Annual returns of the Patna Lunatic Asylum at Bankipore in Bihar and Orissa - 1912-1924
Year: 1912
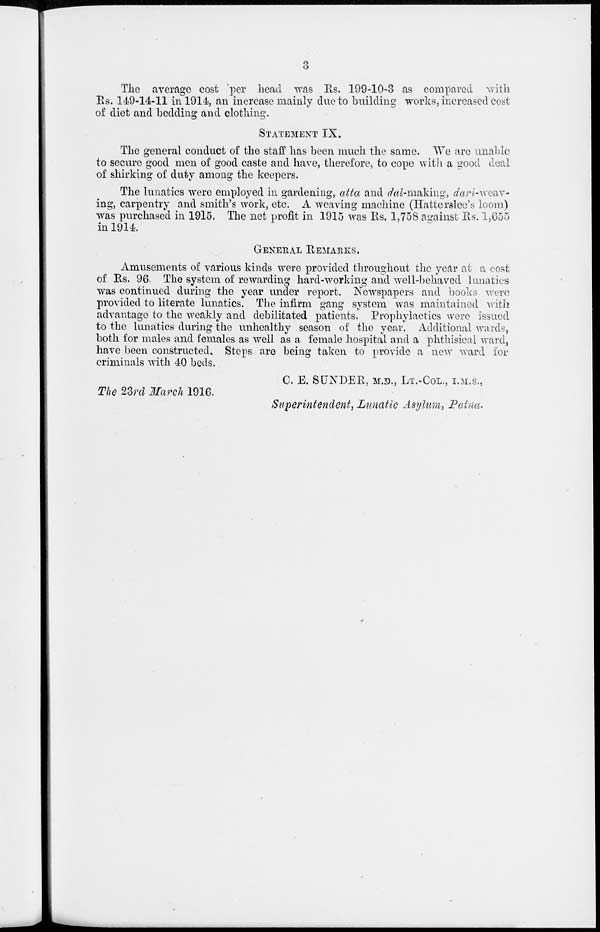
3
The average cost per head was Rs. 199-10-3 as compared with
Rs. 149-14-11 in 1914, an increase mainly due to building works, increased cost
of diet and bedding and clothing.
STATEMENT IX.
The general conduct of the staff has been much the same. We are unable
to secure good men of good caste and have, therefore, to cope with a good deal
of shirking of duty among the keepers.
The lunatics were employed in gardening, atta and dal-making, dari-weav-
ing, carpentry and smith's work, etc. A weaving machine (Hatterslee's loom)
was purchased in 1915. The net profit in 1915 was Rs. 1,758 against Rs, 1,655
in 1914.
GENERAL REMARKS.
Amusements of various kinds were provided throughout the year at a cost
of Rs. 96. The system of rewarding hard-working and well-behaved lunatics
was continued during the year under report. Newspapers and books were
provided to literate lunatics. The infirm gang system was maintained with
advantage to the weakly and debilitated patients. Prophylactics were issued
to the lunatics during the unhealthy season of the year. Additional wards,
both for males and females as well as a female hospital and a phthisical ward,
have been constructed. Steps are being taken to provide a new ward for
criminals with 40 beds.
C. E. SUNDER, M.D., LT.-COL., I.M.S.,
The 23rd March 1916.
Superintendent, Lunatic Asylum, Patna.